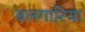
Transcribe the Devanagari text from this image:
बलगारिया